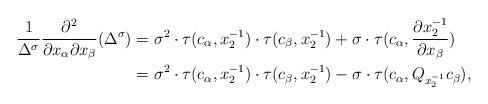
LaTeX: \begin{align*}\frac{1}{\Delta^\sigma}\frac{\partial^2}{\partial x_\alpha\partial x_\beta}(\Delta^\sigma)&=\sigma^2\cdot\tau(c_\alpha,x_2^{-1})\cdot\tau(c_\beta,x_2^{-1})+ \sigma\cdot\tau(c_\alpha,\frac{\partial x_2^{-1}}{\partial x_\beta})\\&=\sigma^2\cdot\tau(c_\alpha,x_2^{-1})\cdot\tau(c_\beta,x_2^{-1})- \sigma\cdot\tau(c_\alpha,Q_{x_2^{-1}}c_\beta),\end{align*}